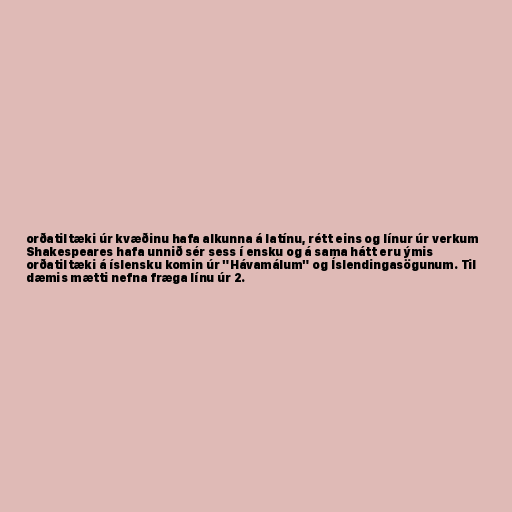
orðatiltæki úr kvæðinu hafa alkunna á latínu, rétt eins og línur úr verkum
Shakespeares hafa unnið sér sess í ensku og á sama hátt eru ýmis
orðatiltæki á íslensku komin úr "Hávamálum" og Íslendingasögunum. Til
dæmis mætti nefna fræga línu úr 2.